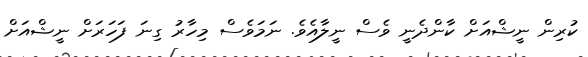
ކުރިން ނީޝްއަށް ކާންދެނީ ވެސް ނީލާއެވެ. ނަމަވެސް މިހާރު ގިނަ ފަހަރަށް ނީޝްއަށް